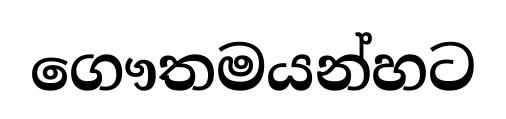
ගෞතමයන්හට